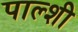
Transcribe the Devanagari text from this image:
पाल्शी